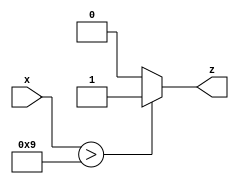
module comparator_over_10_4_bits(
	input [3:0]x,
	output reg z);
	
	always @(x) begin
		z = 0;
		if(x>9)
			z = 1;
	end
endmodule